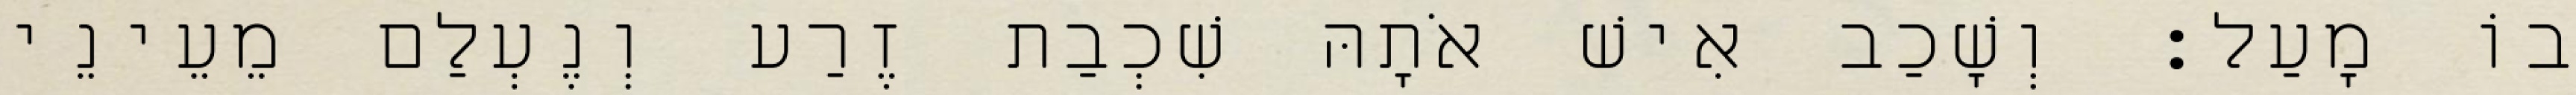
בוֹ מָעַל׃ וְשָׁכַב אִישׁ אֹתָהּ שִׁכְבַת זֶרַע וְנֶעְלַם מֵעֵינֵי